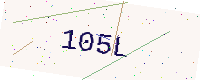
Text: 105L